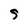
Character: 9